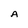
Character: A